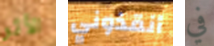
الأثر أنقذوني في